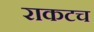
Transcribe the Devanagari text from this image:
राकटच